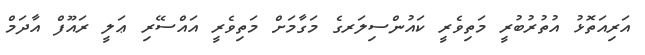
އަރިއަތޮޅު އުތުރުބުރީ މަތިވެރީ ކައުންސިލަރގެ މަގާމަށް މަތިވެރީ އައްސޭރި ޢަލީ ރައޫފް އާދަމް